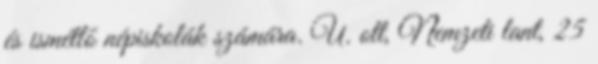
és ismétlő népiskolák számára. U. ott, Nemzeti lant, 25